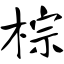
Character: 棕